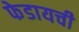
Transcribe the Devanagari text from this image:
फेडायची